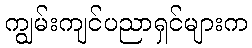
ကျွမ်းကျင်ပညာရှင်များက